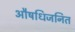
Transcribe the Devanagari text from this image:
औषधिजनित